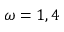
\omega = 1 , 4